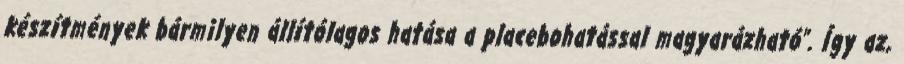
készítmények bármilyen állítólagos hatása a placebohatással magyarázható”. Így az,